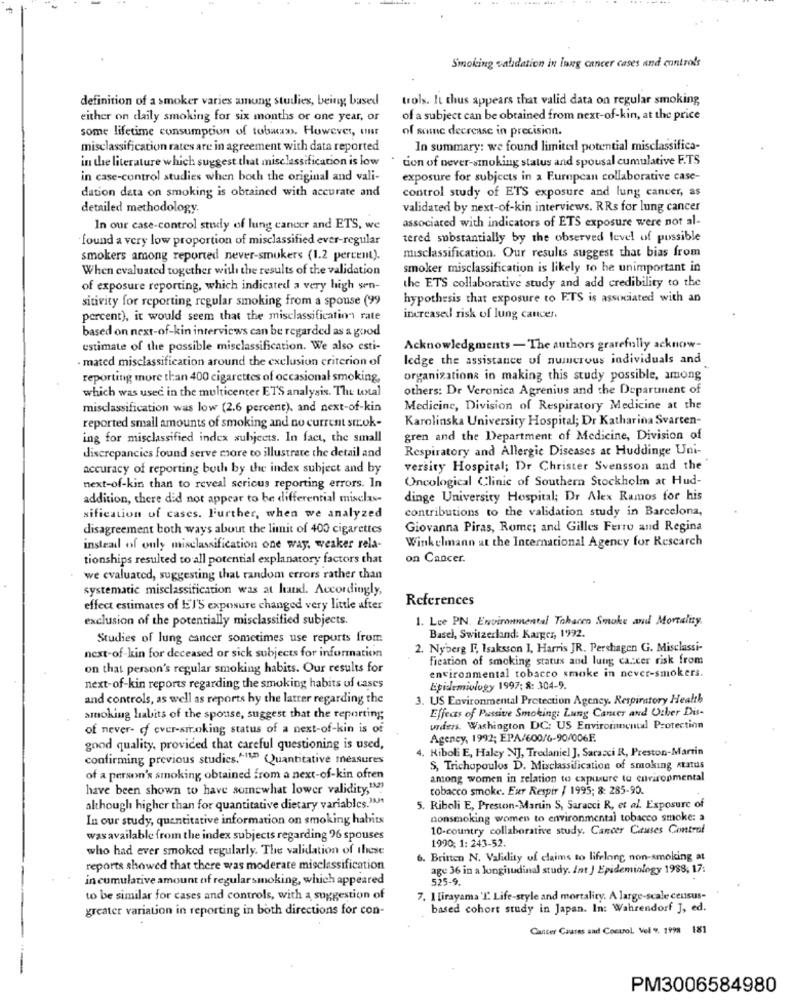
Smoking validation in Inng cancer cases and controls
definition of a smoker varies amung studies, being based
trols. It thus appears that valid data on regular smoking,
either on daily smoking for six months or one year, or
of a subject can be obtained from next-of-kin, at the price
some lifetime consumption of tobacas. However, our
of some decrease in precision.
misclassification rates are in agreement with data reported
In summary: we found limited potential misclassifica-
in the literature which suggest that misclassification is low
tion of never-smoking status and spousal cumulative E.TS
in case-control studies when both the original and vali-
exposure for subjects in a European collaborative case-
dation data on smoking is obtained with accurate and
control study of ETS exposure and lung cancer, as
detailed methodology.
validated by next-of-kin interviews. RRs for lung cancer
associated with indicators of ETS exposure were not al-
In our case-control study of lung cancer and ETS, we
found a very low proportion of misclassified ever-regular
tered substantially by the observed level of possible
misclassification. Our results suggest that bias from
smokers among reported never-smokers (1.2 percent).
When evaluated together with the results of the validation
smoker misclassification is likely to be unimportant in
of exposure reporting, which indicated a very high sen-
the ETS collaborative study and add credibility to the
sitivity for reporting regular smoking from a spouse (99
hypothesis that exposure to ETS is associated with an
percent), it would seem that the misclassification rate
increased risk of lung cancer.
based on next-of-kin interviews can be regarded as a good
estimate of the possible misclassification. We also esti-
Acknowledgments - The authors grarefully acknow-
mated misclassification around the exclusion criterion of
ledge the assistance of numcrous individuals and
reporting more than 400 cigarettes of occasional smoking,
organizations in making this study possible, among
others: Dr Veronica Agrenius and the Department of
which was used in the multicenter ETS analysis. The total
misclassification was low (2.6 percent), and next-of-kin
Medicine, Division of Respiratory Medicine at the
Karolinska University Hospital; Dr Katharina Svarten-
reported small amounts of smoking and no current str.ok-
ing for misclassified index subjects. In fact, the small
gren and the Department of Medicine, Division of
Respiratory and Allergie Diseases at Huddinge Uni-
discrepancies found serve more to illustrate the detail and
accuracy of reporting both by the index subject and by
versity Hospital; Dr Christer Svensson and the'
Oncological Clinic of Southern Stockholm at Hud-
next-of-kin than to reveal serious reporting errors. In
addition, there did not appear to be differential misclas-
dinge University Hospital; Dr Alex Ramos for his
contributions to the validation study in Barcelona,
sification of cases. Further, when we analyzed
disagreement both ways about the limit of 400 cigarettes
Giovanna Piras, Rome; and Gilles Ferro and Regina
Winkelmann at the International Agency for Rescarch
instead of only misclassification one way, weaker rela-
tionships resulted to all potential explanatory factors that
on Cancer.
we evaluated, suggesting that random errors rather than
systematic misclassification was at hand. Accordingly,
References
effect estimates of ET'S exposure changed very little after
exclusion of the potentially misclassified subjects.
1. Lee PN. Environmental Tohacen Smoke and Mortality.
Studies of lung cancer sometimes use reports from
Basel, Switzerland: Karger, 1992.
2. Nyberg E, Isaksson 1, Harris JR. Pershagen G. Misclassi-
next-of-kin for deceased or sick subjects for information
fication of smoking status and lung ca .: xer risk from
on that person's regular smoking habits. Our results for
environmental tobacco smoke in never-smokers.
next-of-kin reports regarding the smoking habits of cases
Epidemiology 1997; 8: 304-9.
and controls, as well as reports hy the latter regarding the
3. US Environmental Protection Agency. Respiratory Health
Effects of Passive Smoking: Lung Cancer and Other Dis-
smoking habits of the spouse, suggest that the reporting
of never- of ever-smoking status of a next-of-kin is of
unders. Washington DC: US Enviromental Protection
Agency, 1992; EPA/600/6-90/006F.
good quality, provided that careful questioning is used,
. Riboli E, Haley N], Tredaniel J. Saracci R, Preston-Martin
confirming previous studies.1.110 Quantitative measures
S, Trichopoulos D. Mixclassification of smoking status
of a person's smoking obtained from a next-of-kin ofren
among women in relation to exposure to environmental
have been shown to have somewhat lower validity," ?!
tobacco smoke. Eur Respir / 1995; &: 285-90.
although higher than for quantitative dietary variables.1.
5. Riboli E, Preston-Martin S, Saracci R, et al. Exposure of
In our study, quantitative information on smoking habits
nonsmoking women to environmental tobacco smoke: a
10-country collaborative study. Cancer Causes Control
wasavailable from the index subjects regarding 26 spouses
who had ever smoked regularly. The validation of these
1990; 1: 243-52.
6. Britten N. Validity of claims to lifelong non-smoking at
reports showed that there was moderate misclassification
age 36 in a longitudinal study. Int J Epidemiology 1988, 17:
in cumulative amount of regularsmoking, which appeared
525-9.
to be similar for cases and controls, with a suggestion of
7. 1 [irayama 'I. Life-style and mortality. A large-scale census-
greater variation in reporting in both directions for con-
based cohort study in Japan. In: Wahrendorf J, ed.
Cancer Caures and Control Vel 9. 1998 181
PM3006584980